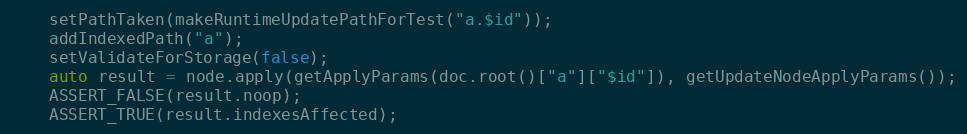
Language: C++
    setPathTaken(makeRuntimeUpdatePathForTest("a.$id"));
    addIndexedPath("a");
    setValidateForStorage(false);
    auto result = node.apply(getApplyParams(doc.root()["a"]["$id"]), getUpdateNodeApplyParams());
    ASSERT_FALSE(result.noop);
    ASSERT_TRUE(result.indexesAffected);